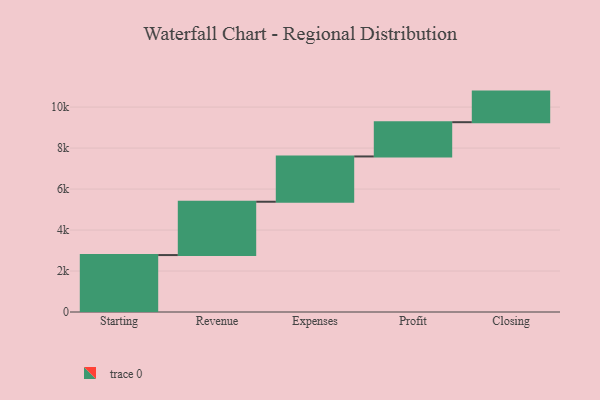
{"axis": {"x": "Step", "y": "Value"}, "legend": [""], "data": [{"x": "Starting", "y": 2779.0, "type": ""}, {"x": "Revenue", "y": 2602.0, "type": ""}, {"x": "Expenses", "y": 2210.0, "type": ""}, {"x": "Profit", "y": 1672.0, "type": ""}, {"x": "Closing", "y": 1493.0, "type": ""}]}